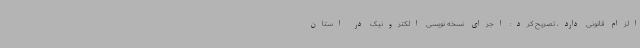
الزام قانونی دارد، تصریح کرد: اجرای نسخه نویسی الکترونیک در استان